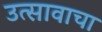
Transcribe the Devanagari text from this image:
उत्सावाचा